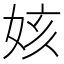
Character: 姟